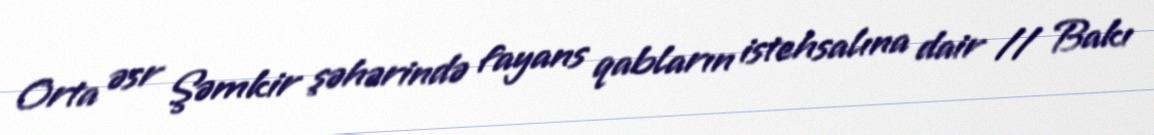
Orta əsr Şəmkir şəhərində fayans qabların istehsalına dair // Bakı